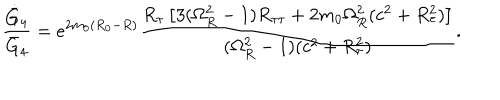
LaTeX: { \frac { \dot { \bar { G } } _ { 4 } } { \bar { G } _ { 4 } } } = e ^ { 2 m _ { 0 } ( R _ { 0 } - R ) } { \frac { R _ { \tau } \left[ 3 ( \Omega _ { R } ^ { 2 } - 1 ) R _ { \tau \tau } + 2 m _ { 0 } \Omega _ { R } ^ { 2 } ( c ^ { 2 } + R _ { \tau } ^ { 2 } ) \right] } { ( \Omega _ { R } ^ { 2 } - 1 ) ( c ^ { 2 } + R _ { \tau } ^ { 2 } ) } } .